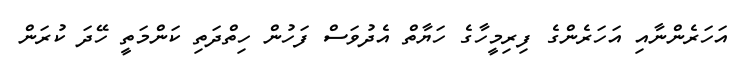
އަހަރެންނާއި އަހަރެންގެ ފިރިމީހާގެ ހަޔާތް އެދުވަސް ފަހުން ހިތްދަތި ކަންމަތީ ހޭދަ ކުރަން